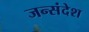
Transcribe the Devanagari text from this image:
जन्संदेश